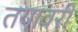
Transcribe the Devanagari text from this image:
तयावरी